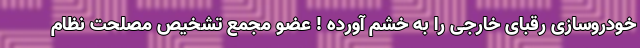
خودروسازی رقبای خارجی را به خشم آورده ! عضو مجمع تشخیص مصلحت نظام